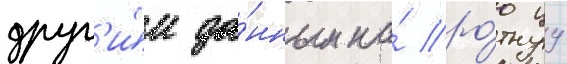
друг'и́м да́нным на́ ро́тнуу